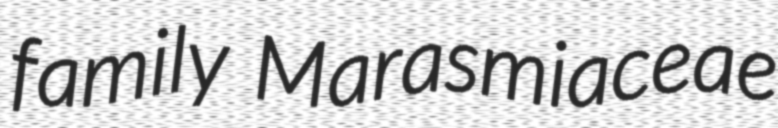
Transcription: family Marasmiaceae